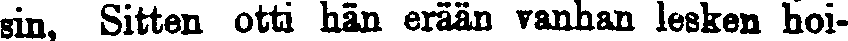
sin, Sitten otti hän erään vanhan lesken hoi-